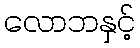
လောဘနှင့်